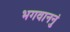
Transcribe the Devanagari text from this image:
भगवाननुं